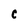
Character: c